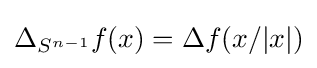
\Delta _{S^{n-1}}f(x)=\Delta f(x/|x|)